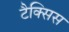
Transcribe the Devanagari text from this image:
टैक्सिस